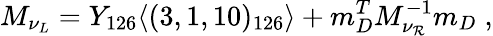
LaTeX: M_{\nu_{L}}=Y_{126}\langle(3,1,10)_{126}\rangle+m_{D}^{T}M_{\nu_{\mathcal{R}}}^{-1}m_{D}\; ,